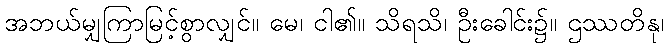
အဘယ်မျှကြာမြင့်စွာလျှင်။ မေ၊ ငါ၏။ သိရသိ၊ ဦးခေါင်း၌။ ဌဿတိနု၊